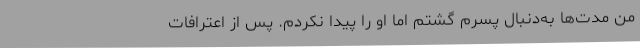
من مدت‌ها به‌دنبال پسرم گشتم اما او را پیدا نکردم. پس از اعترافات